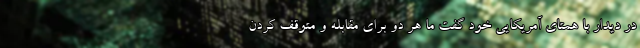
در دیدار با همتای آمریکایی خود گفت ما هر دو برای مقابله و متوقف کردن